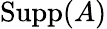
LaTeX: \operatorname{Supp}(A)